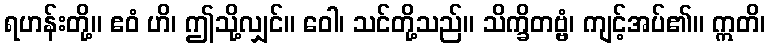
ရဟန်းတို့။ ဧဝံ ဟိ၊ ဤသို့လျှင်။ ဝေါ၊ သင်တို့သည်။ သိက္ခိတဗ္ဗံ၊ ကျင့်အပ်၏။ ဣတိ၊